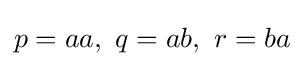
p=aa,\ q=ab,\ r=ba